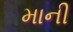
માની